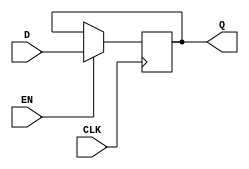
module Gated_D_latch (
    input D,
    input CLK,
    input EN,
    output reg Q
);

always @(posedge CLK) begin
    if (EN) begin
        Q <= D;
    end
end

endmodule